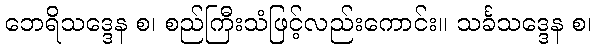
ဘေရိသဒ္ဒေန စ၊ စည်ကြီးသံဖြင့်လည်းကောင်း။ သင်္ခသဒ္ဒေန စ၊